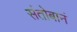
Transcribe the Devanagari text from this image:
संतोबानं